King Institute of Preventive Medicine Micro-Biological Section reports 1912-19
Year: 1912
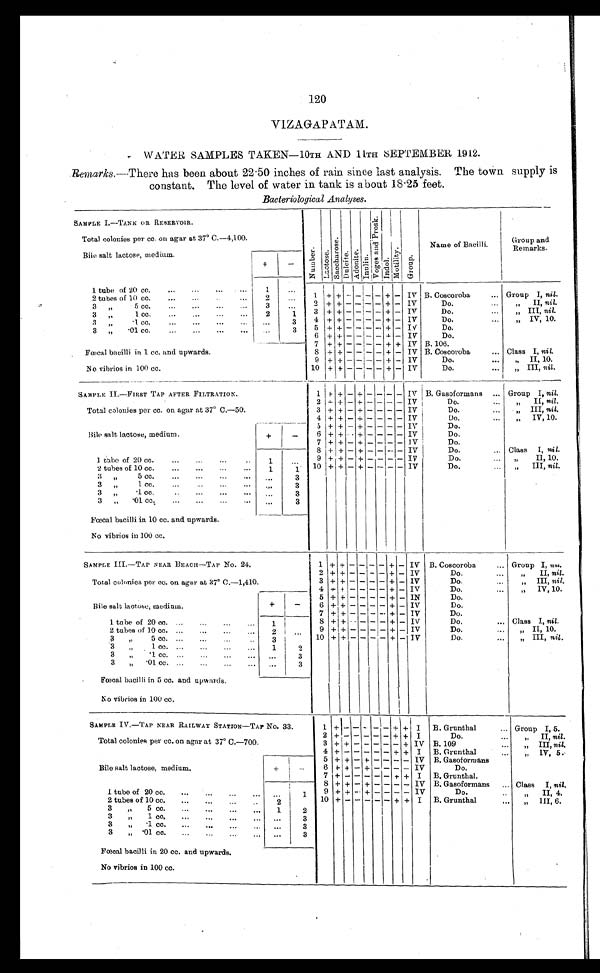
1 120
VIZAGAPATAM.
WATER SAMPLES TAKEN—10TH AND 11TH SEPTEMBER 1912.
Remarks. —There has been about 22.50 inches of rain since last analysis. The town supply is
constant. The level of water in tank is about 18.25 feet.
Bacteriological Analyses.
SAMPLE I.—TANK OR RESERVOIR.
N u m b e r . L a c t o s e . S a c c h a r o s e . D u l c i t e . A d o n i t e . I n u l i n .
V o g e s a n d P r o s k . I n d o l . M o t i l i t y . G r o u p .
Name of Bacilli.
Group and
Remarks.
Total colonies per cc. on agar at 37º C.—4,100.
Bile salt lactose, medium.
+
-
1 tube of 20 cc.
1
. . .
1 + + - -
-
- + - IV B. Coscoroba
Group I, nil.
2 tubes of 10 cc.
2
. . .
2 + + -
-
- - + - IV
Do.
" I I ,
n i l .
3 "
5 cc.
3
...
3 + + - -
-
- + - IV
Do.
" III, nil.
3 " 1cc.
2
1
4 + + - - - - + - IV
Do.
" IV, 10.
3 " .1cc.
. . .
3
5 + + - -
-
- + - IV
Do.
3 "
.01 cc.
. . .
3
6
+
+
-
- -
-
+
- IV
Do.
Fœcal bacilli in 1 cc. and upwards.
7 + + - - - - + + IV B. 106.
8 + + - - - - + - IV B. Coscoroba
Class I, nil.
No vibrios in 100 cc.
9 + + - - - - + - IV
Do.
" II, 10.
10 + + - - - -
+
-
I V
Do.
" III, nil.
SAMPLE II.—FIRST TAP AFTER FILTRATION.
1
+
+ - +
-
-
-
- IV B. Gasoformans
Group I, nil.
2
+
+ - + - - - - IV
Do.
"
II, nil.
Total colonies per cc. on agar at 37º C.—50.
3 + + - + - - - - IV
Do.
" III, nil.
4
+
+ - + - - - - IV
Do.
" I V , 1 0 .
5 + + - + - - - - IV
Do.
Bile salt lactose, medium.
+
-
6 + +
-
+ - - - - IV
Do.
7 + + - + - - - - 1V
Do.
1 tube of 20 cc.
1
. . .
8 + + - + - - - - IV
Do.
Class I, nil.
9 + + - + - - - - IV
Do.
"
II, 10.
10 + + - + - - - - IV
Do.
" I I I ,
n i l .
2 tubes of 10 cc.
1
1
3 " 5cc.
. . .
3
3 " 1 c c .
. . .
3
3 "
.1 cc.
. . .
3
3 "
.01 cc.
...
3
Fœcal bacilli in. 10 cc. and upwards.
No vibrios in 100 cc.
SAMPLE III.—TAP NEAR BEACH—TAP No. 24.
1 + + - -
-
- + - IV B. Coscoroba
Group I, nil.
2 + + - - - - + - IV
Do.
"
II, nil.
Total colonies per cc. on agar at 37º C.—1,410.
3 + + - - - - + - IV
Do.
" I I I .
n i l .
4
+
+ - - - - + -
IV
Do.
" IV, 10.
Bile salt lactose, medium.
+
-
5
+
+ -
- -
-
+
- IN
Do.
6 + + - - - - + - IV
Do.
1 tube of 20 cc.
1
. . .
7
+ + - - - - + - IV
Do.
8 + +
-
- - - + - IV
Do.
Class I, nil.
9 + + - - - - + - IV
Do.
" II, 10.
2 tubes of 10 cc.
2
. . .
10 + + - - - - + - IV
Do.
" III, nil.
3
"
5 cc.
3
. . .
3
" 1 cc.
1
2
3
"
.1 cc.
. . .
3
3
" .01 cc.
. . .
3
Fœcal bacilli in 5 cc. and upwards.
No vibrios in 100 cc.
SAMPLE IV.—TAP NEAR RAILWAY STATION—TAP NO. 33.
1 +
-
- - - - + +
I
B. Grunthal
Group I, 5.
2
+ - - - - -
+ + I
Do.
" II, nil.
Total colonies per cc. on agar at 37° C.—700.
3 + + -
- -
- - + IV B. 109
" I I I ,
n i l .
4
+ - - - - -
+ + I B. Grunthal
"
IV, 5.
Bile salt lactose, medium.
+
-
5 + + - + - - - - IV B. Gasoformans
" I V ,
n i l .
6 + + - + - - - - IV
Do.
7
+ - - - - - +
+ I B. Grunthal.
1 tube of 20 cc.
. . .
1
8 + + - + - - - - IV B. Gasoformans
Class I, nil.
9
+ + - + - - - -
I V
Do.
" II, 4.
2 tubes of 10 cc.
2
. . .
10
+
-
-
-
- -
+ + I B. Grunthal
" 1 1 I , 6 .
3
"
5 cc.
1
2
3 " 1 cc.
. . .
3
3
"
.1 cc.
. . .
3
3
" .01 cc.
. . .
3
Fœcal bacilli in 20 cc. and upwards.
No vibrios in 100 cc.